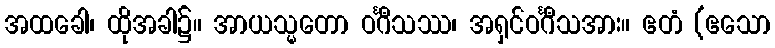
အထခေါ၊ ထိုအခါ၌။ အာယသ္မတော ဝင်္ဂီသဿ၊ အရှင်ဝင်္ဂီသအား။ ဧတံ (ဧသော